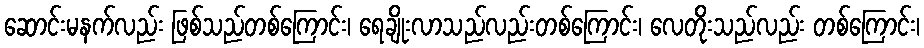
ဆောင်းမနက်လည်း ဖြစ်သည်တစ်ကြောင်း၊ ရေချိုးလာသည်လည်းတစ်ကြောင်း၊ လေတိုးသည်လည်း တစ်ကြောင်း၊